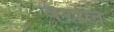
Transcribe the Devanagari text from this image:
वैराले